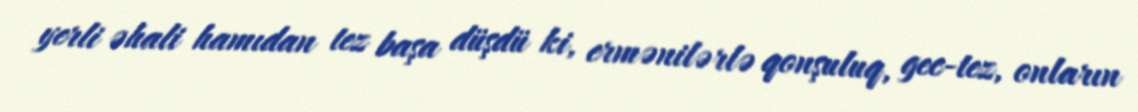
yerli əhali hamıdan tez başa düşdü ki, ermənilərlə qonşuluq, gec-tez, onların